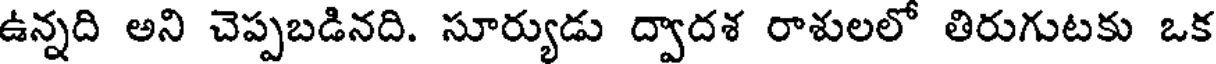
ఉన్నది అని చెప్పబడినది. సూర్యుడు ద్వాదశ రాశులలో తిరుగుటకు ఒక